Indian journal of veterinary science and animal husbandry - Volumes 18-21, 1948-1951
Year: 1948
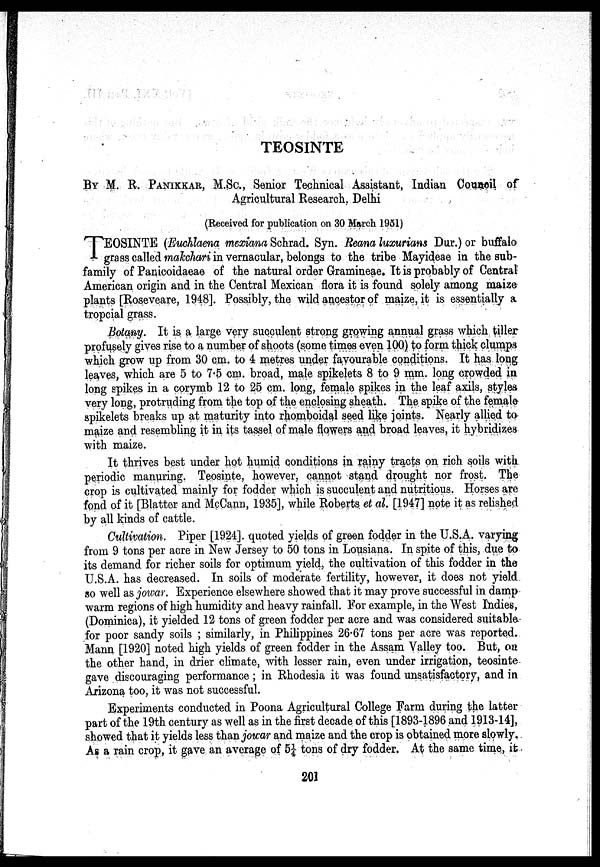
TEOSINTE
BY M. R. PANIKKAR, M.Sc., Senior Technical Assistant, Indian Council of
Agricultural Research, Delhi
(Received for publication on 30 March 1951)
T EOSINTE (Euchlaena mexiana Schrad. Syn. Reana luxurians Dur.) or buffalo
grass called makchari in vernacular, belongs to the tribe Mayideae in the sub-
family of Panicoidaeae of the natural order Gramineae. It is probably of Central
American origin and in the Central Mexican flora it is found solely among maize
plants [Roseveare, 1948]. Possibly, the wild ancestor of maize, it is essentially a
tropcial grass.
Botany. It is a large very succulent strong growing annual grass which tiller
profusely gives rise to a number of shoots (some times even 100) to form thick clumps
which grow up from 30 cm. to 4 metres under favourable conditions. It has long
leaves, which are 5 to 7.5 cm. broad, male spikelets 8 to 9 mm. long crowded in
long spikes in a corymb 12 to 25 cm. long, female spikes in the leaf axils, styles
very long, protruding from the top of the enclosing sheath. The spike of the female
spikelets breaks up at maturity into rhomboidal seed like joints. Nearly allied to
maize and resembling it in its tassel of male flowers and broad leaves, it hybridizes
with maize.
It thrives best under hot humid conditions in rainy tracts on rich soils with
periodic manuring. Teosinte, however, cannot stand drought nor frost. The
crop is cultivated mainly for fodder which is succulent and nutritious. Horses are
fond of it [Blatter and McCann, 1935], while Roberts et al. [1947] note it as relished
by all kinds of cattle.
Cultivation. Piper [1924]. quoted yields of green fodder in the U.S.A. varying
from 9 tons per acre in New Jersey to 50 tons in Lousiana. In spite of this, due to
its demand for richer soils for optimum yield, the cultivation of this fodder in the
U.S.A. has decreased. In soils of moderate fertility, however, it does not yield
so well as jowar. Experience elsewhere showed that it may prove successful in damp
warm regions of high humidity and heavy rainfall. For example, in the West Indies,
(Dominica), it yielded 12 tons of green fodder per acre and was considered suitable
for poor sandy soils ; similarly, in Philippines 26.67 tons per acre was reported.
Mann [1920] noted high yields of green fodder in the Assam Valley too. But, on
the other hand, in drier climate, with lesser rain, even under irrigation, teosinte
gave discouraging performance ; in Rhodesia it was found unsatisfactory, and in
Arizona too, it was not successful.
Experiments conducted in Poona Agricultural College Farm during the latter
part of the 19th century as well as in the first decade of this [1893-1896 and 1913-14],
showed that it yields less than jowar and maize and the crop is obtained more slowly.
As a rain crop, it gave an average of 5¼ tons of dry fodder. At the same time, it
201